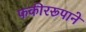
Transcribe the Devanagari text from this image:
फकीररूपाने